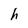
Character: h